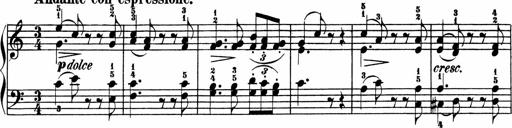
Title: 3 Sonatinen
Composer: Heinrich Lichner